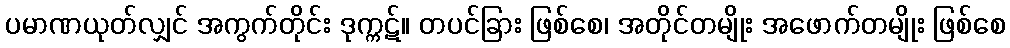
ပမာဏယုတ်လျှင် အကွက်တိုင်း ဒုက္ကဋ်။ တပင်ခြား ဖြစ်စေ၊ အတိုင်တမျိုး အဖောက်တမျိုး ဖြစ်စေ